Vaike-Kopu_(Puiatu)_vallavalitsus, lk 47
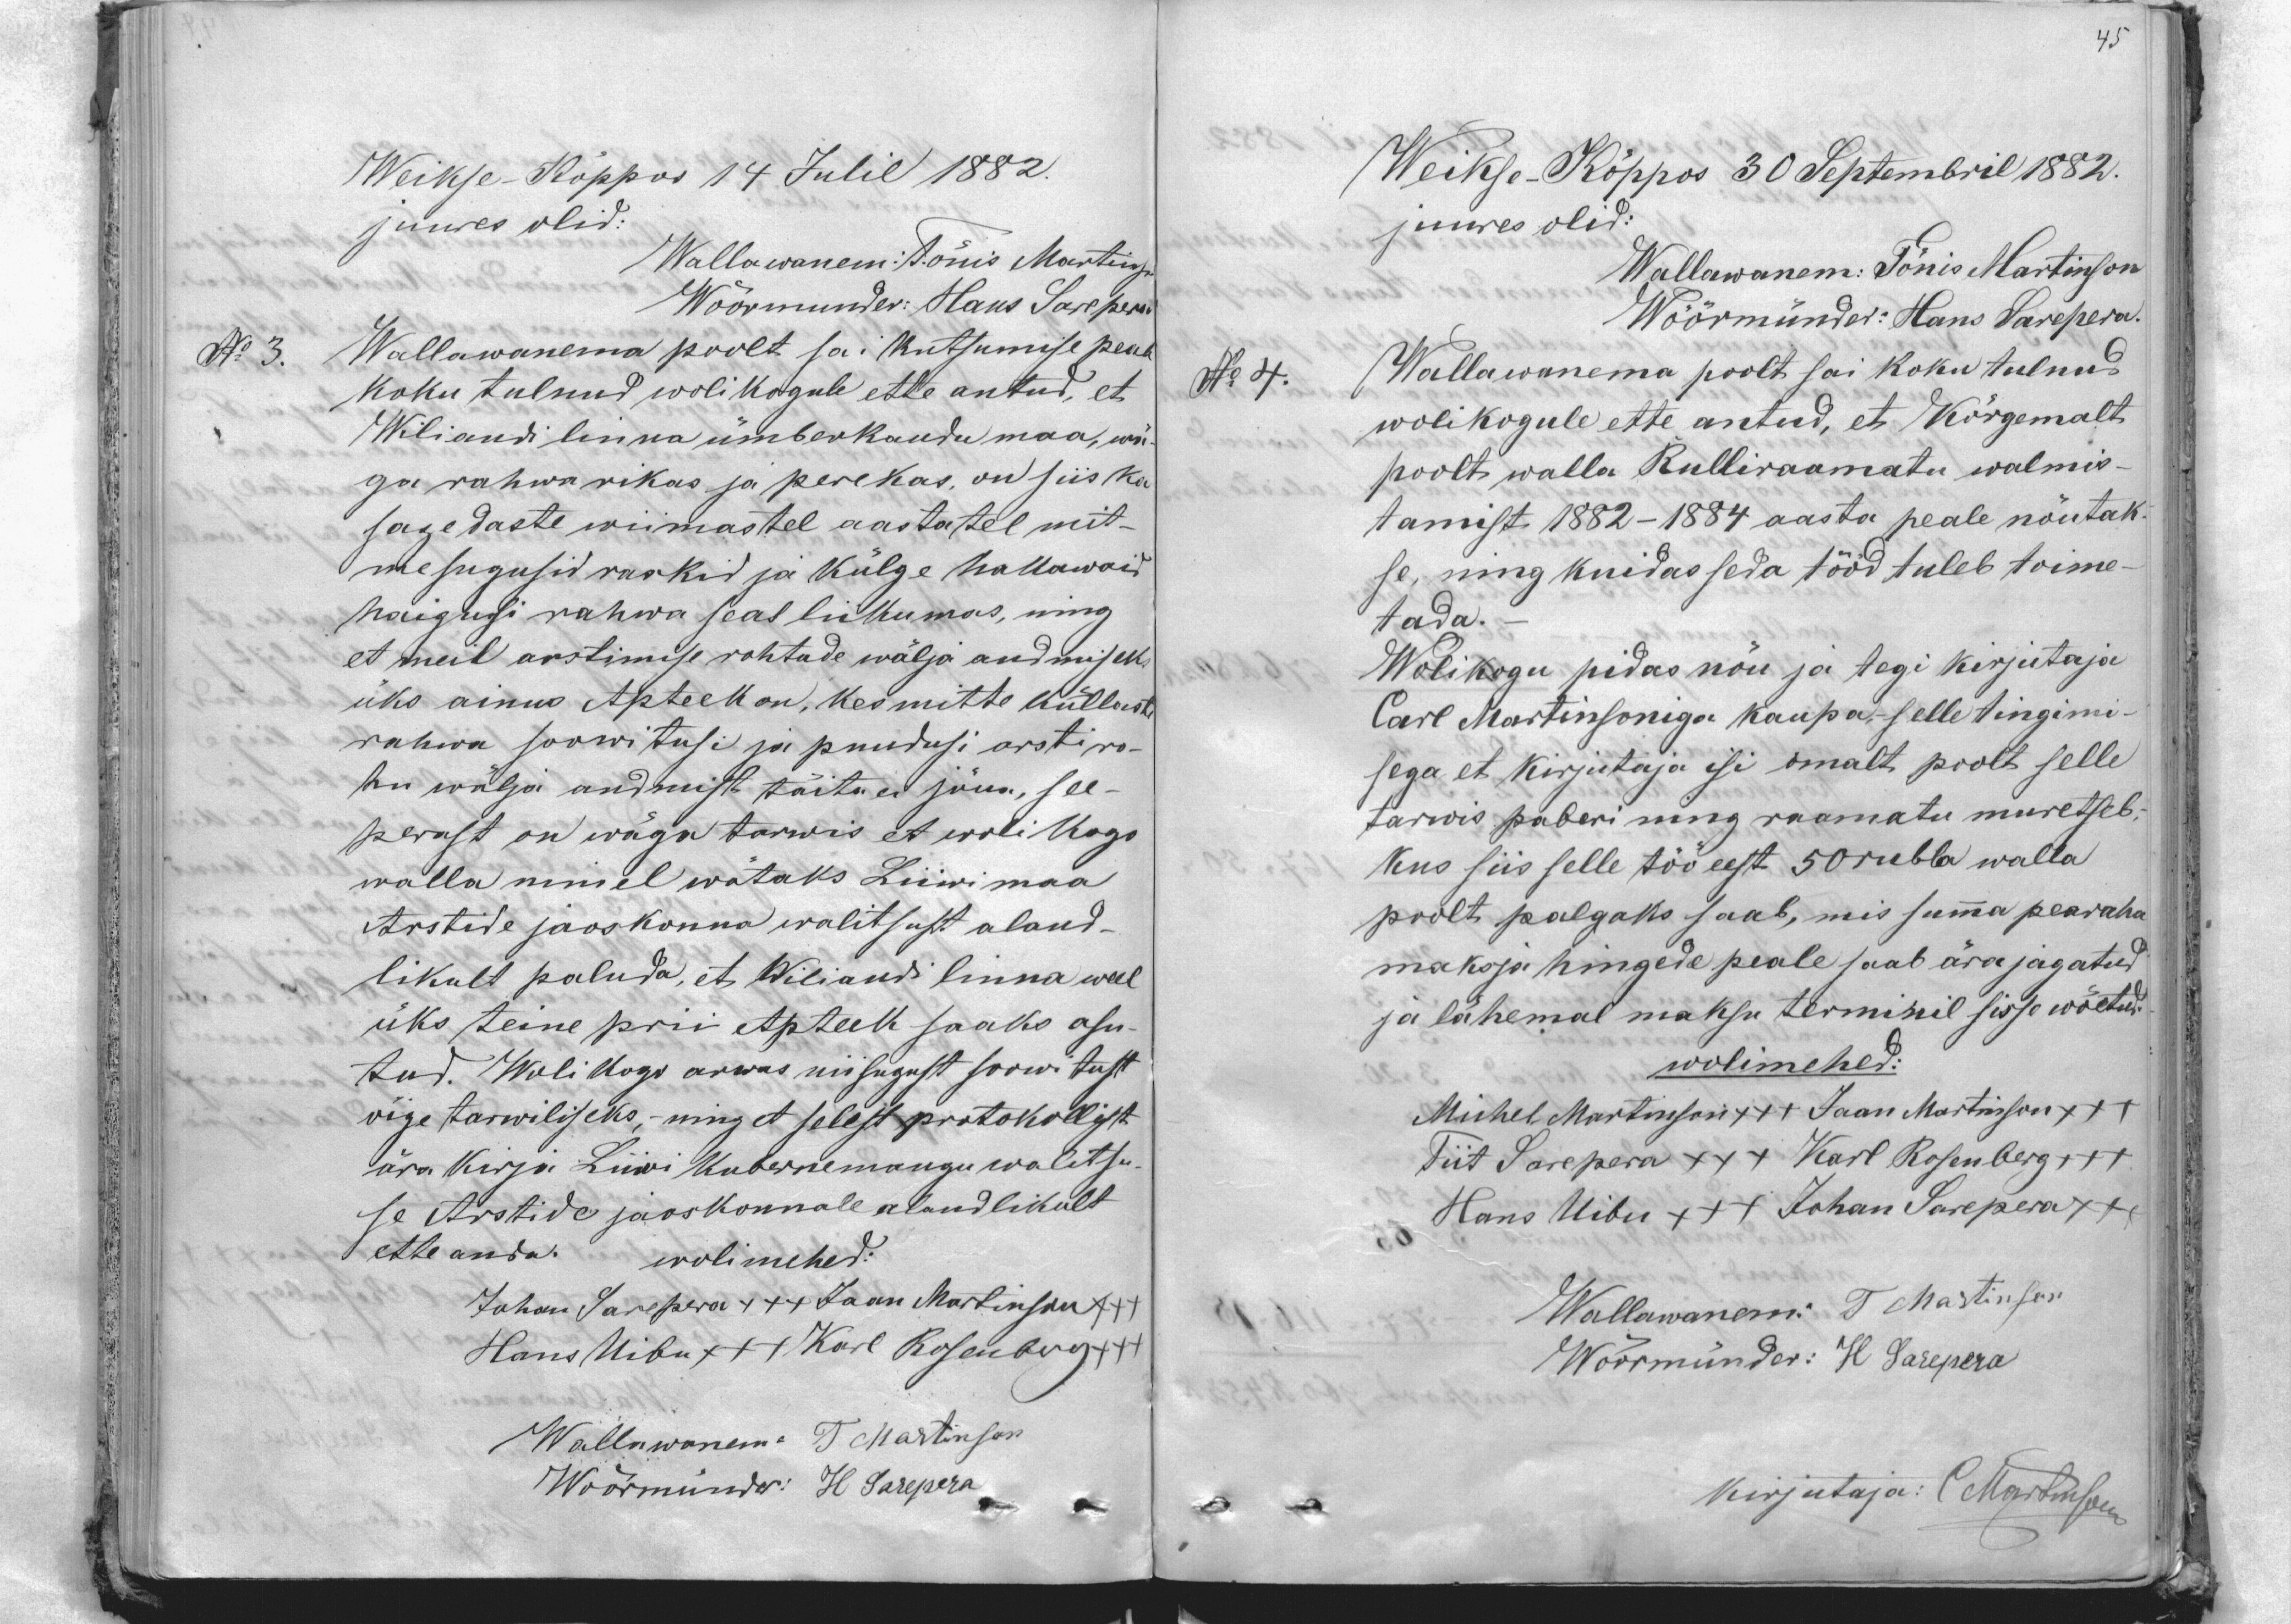
45

Weikse-Köppos 30 Septembril 1882.
juures olid:
Wallawanem: Tönis Martinson
Wöörmünder: Hans Sarepera
No 4.
Wallawanema poolt sai koku tulnud
wolikogule ette antud, et Kõrgemalt
poolt walla Rulliraamatu walmis-
tamist 1882-1884 aasta peale nõutak.
se, ning kuidas seda tööd tuleb toime-
tada.
Wolikogu pidas nõu ja tegi kirjutaja
Carl Martinsoniga kaupa, selle tingimi-
sega et kirjutaja isi omalt poolt selle
tarwis paberi ning raamatu muretseb;
Kus siis selle töö eest 50 rubla walla
poolt palgaks saab, mis summa pearaha
maksja hingede peale saab ära jagatud
ja lähemal maksu terminil sisse wöetud.
wolimehed:
Michel Martinson +++ Jaan Martinson XXX
Tiit Sarepera +++ Karl Rosenberg +++
Hans Uibu +++ Johan Sarepera +++
Wallawanem: T Martinson
Wõormünder: H Sarepera
kirjutaja: C. Martinson

Weikse-Kõppus 14 Julil 1882.
juures olid:
Wallawanem: Tönis Martin
Wöörmünder: Hans Sarepera
No 3
Wallawanema poolt sai kutsumise pea
koku tulnud wolikogule ette antud, et
Wiliandi linna ümberkaudu maa, wä
ga rahwarikas ja perekas, on siis ka
sagedaste wiimastel aastatel mit-
mesugusid raskid ja külge hallawaid
haigusi rahwa seas liikumas, ning
et meil arstimise rohtude wälja andmiseks
üks ainus Apteek on, kes mitte küllaste
rahwa soowitusi ja puudusi orsti ro-
hu wälja andmist täita ei jöua, see
perast on wäga tarwis et woli kogo-
walla nimel wötaks Liiwi maa
Arstide jaoskonna walitsust aland-
likult paluda, et Wiliandi linna weel
üks teine prii Apteek saaks asu-
tud. Woli kogo arwas niisugust soowitust
väga tarwiliseks, - ning et selest protokollist
ära kirja Liiwi Kubernemangu walitsu
se Arstide jaoskonnale alandlikult
ette anda wolimehed:
Juhan Sarepera +++ Jaan Martinson +++
Hans Uibu +++ Karl Rosenberg xxx
Wallawanem: T Martinson
Wöörmünder: H. Sarepera

Weikse-Kõppos 30 Septembril 1882.
juures olid:
Wallawanem: Tõnis Martinson
Wõõrmünder: Hans Larepera
No 4.
Wallawanema poolt sai koku tulnud
wolikogule ette antud, et Kõrgemalt
poolt walla Kulliraamatu walmis-
tamist 1882-1884 aasta peale nõutak.
se, ning kuidas seda tööd tuleb toime-
tada.
Wolikogu pidas nõu ja tegi kirjutaja
Karl Martinsoniga kaupa, selle tingimi-
sega et kirjutaja isi omalt poolt selle
tarwis paberi ning raamatu muretseb;
Kus siis selle töö eest 50 rubla walla
poolt palgaks saab, mis summa pearaha
maksja hingede peale saab ära jagatud
ja lähemal maksu terminil sisse wõetud.
wolimehed:
Michel Martinson +++ Jaan Martinson XXX
Tiit Sarepera +++ Karl Rosenberg +++
Hans Uibu +++ Johan Sarepera +++
Wallawanem: T Martinson
Wõormünder: H Sarepera
kirjutaja: (Martinson